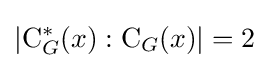
\left|\mathrm {C} _{G}^{*}(x):\mathrm {C} _{G}(x)\right|=2